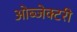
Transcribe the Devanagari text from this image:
ओब्जेक्टरी